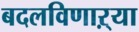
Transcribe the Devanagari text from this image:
बदलविणाऱ्या